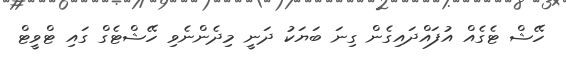
ހޭޝް ޓެގެއް އުފައްދައިގެން ގިނަ ބަޔަކު ދަނީ މިދެންނެވި ހޭޝްޓެގް ގައި ޓްވީޓް